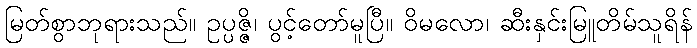
မြတ်စွာဘုရားသည်။ ဥပ္ပဇ္ဇိ၊ ပွင့်တော်မူပြီ။ ဝိမလော၊ ဆီးနှင်းမြူတိမ်သူရိန်